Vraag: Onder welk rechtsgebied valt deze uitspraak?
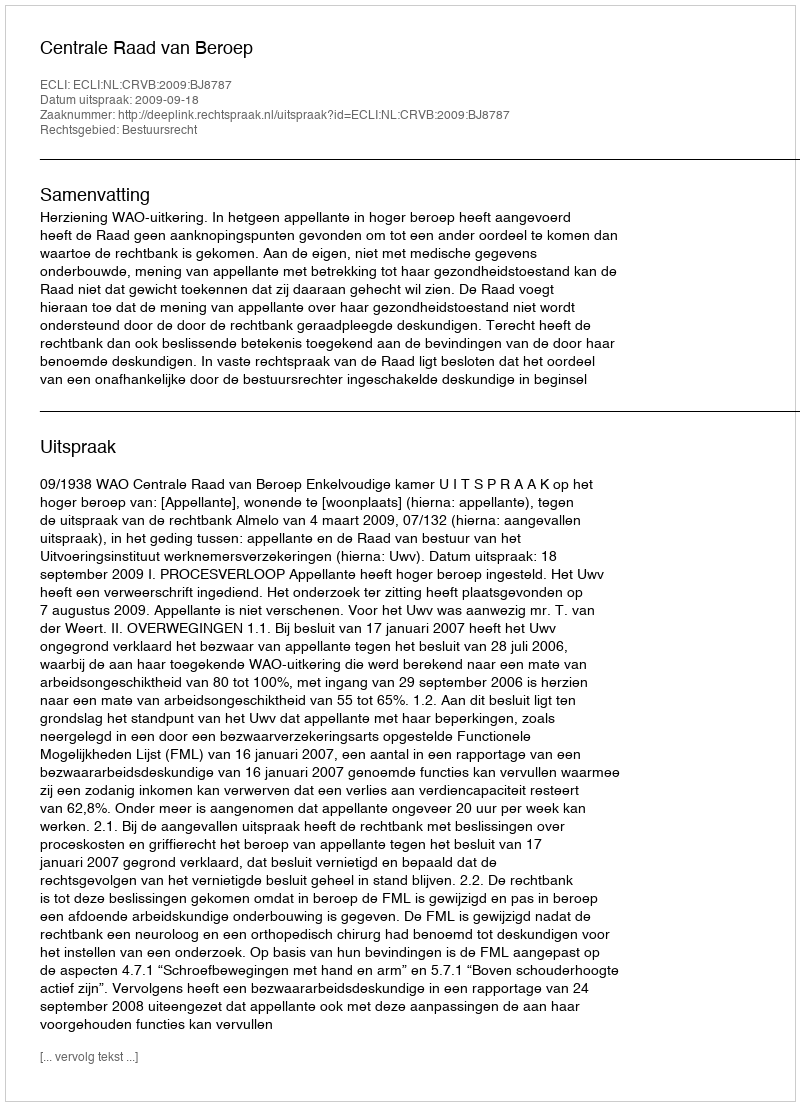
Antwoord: Bestuursrecht